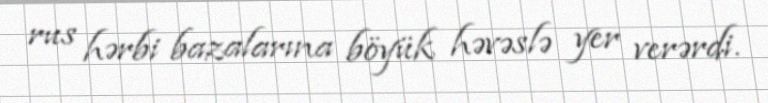
rus hərbi bazalarına böyük həvəslə yer verərdi.